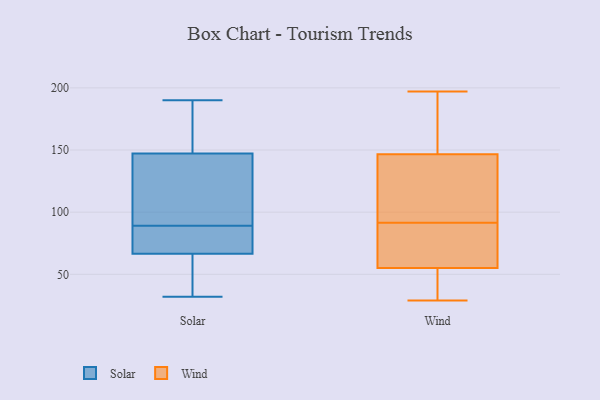
{"axis": {"x": "Conversion Rate (%)", "y": "Value"}, "legend": ["Solar", "Wind"], "data": [{"x": "", "y": 89, "type": "Solar"}, {"x": "", "y": 102, "type": "Solar"}, {"x": "", "y": 145, "type": "Solar"}, {"x": "", "y": 80, "type": "Solar"}, {"x": "", "y": 154, "type": "Solar"}, {"x": "", "y": 44, "type": "Solar"}, {"x": "", "y": 180, "type": "Solar"}, {"x": "", "y": 68, "type": "Solar"}, {"x": "", "y": 39, "type": "Solar"}, {"x": "", "y": 73, "type": "Solar"}, {"x": "", "y": 187, "type": "Solar"}, {"x": "", "y": 71, "type": "Solar"}, {"x": "", "y": 127, "type": "Solar"}, {"x": "", "y": 190, "type": "Solar"}, {"x": "", "y": 62, "type": "Solar"}, {"x": "", "y": 32, "type": "Solar"}, {"x": "", "y": 141, "type": "Solar"}, {"x": "", "y": 39, "type": "Wind"}, {"x": "", "y": 51, "type": "Wind"}, {"x": "", "y": 89, "type": "Wind"}, {"x": "", "y": 29, "type": "Wind"}, {"x": "", "y": 134, "type": "Wind"}, {"x": "", "y": 91, "type": "Wind"}, {"x": "", "y": 178, "type": "Wind"}, {"x": "", "y": 59, "type": "Wind"}, {"x": "", "y": 151, "type": "Wind"}, {"x": "", "y": 142, "type": "Wind"}, {"x": "", "y": 92, "type": "Wind"}, {"x": "", "y": 197, "type": "Wind"}]}